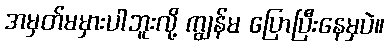
အမှတ်မမှားပါဘူးလို့ ကျွန်မ ပြောပြီးနေမှပဲ။